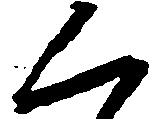
く